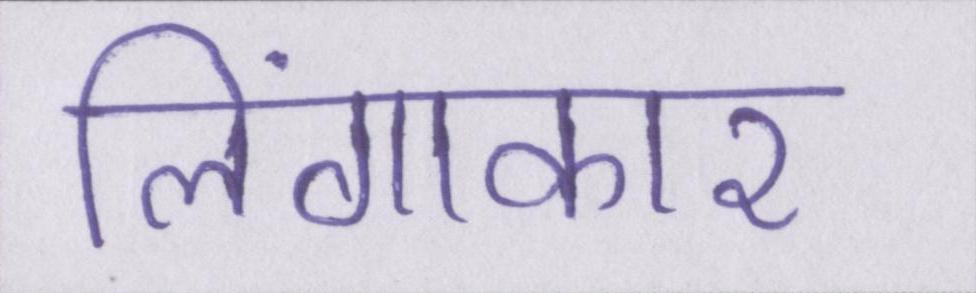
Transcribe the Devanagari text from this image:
लिंगाकार